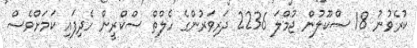
ކުރެވުނު 18 ސްކޫލުން ޖުމްލަ 2236 ދަރިވަރުންގެ ހެލްތް ސްކްރީން ހެދިފައި ކަމަށްވެސް